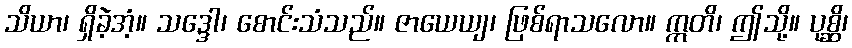
သိယာ၊ ရှိခဲ့အံ့။ သဒ္ဒေါ၊ စောင်းသံသည်။ ဇာယေယျ၊ ဖြစ်ရာသလော။ ဣတိ၊ ဤသို့။ ပုစ္ဆိ၊